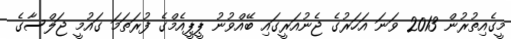
މީގެއިތުރުން 2013 ވަނަ އަހަރުގެ ޖެނުއަރީގައި ބޭއްވުނު ޕީޕީއެމްގެ ފުރަތަމަ ގައުމީ ޖަލްސާގެ